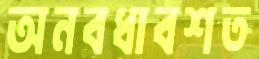
অনবধাবশত